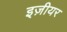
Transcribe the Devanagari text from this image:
इज़ीयर